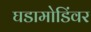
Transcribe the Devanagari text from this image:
घडामोडिंवर